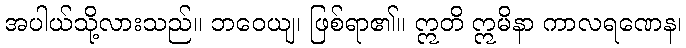
အပါယ်သို့လားသည်။ ဘဝေယျ၊ ဖြစ်ရာ၏။ ဣတိ ဣမိနာ ကာလရဏေန၊